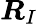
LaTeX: {\boldsymbol{R}}_{I}